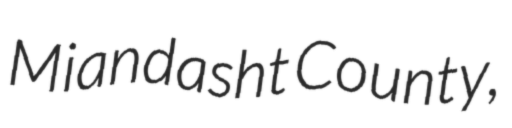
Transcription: Miandasht County,